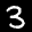
Label: 3